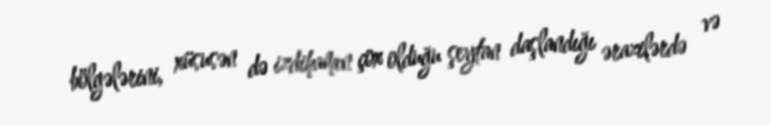
bölgələrini, xüsusən də izdihamın çox olduğu şeytan daşlandığı ərazilərdə və